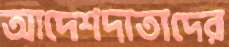
আদেশদাতাদের